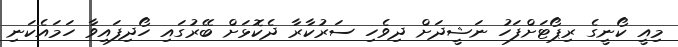
މިއީ ކޯނީގެ ރިޕޯޓަށްފަހު ނަޝީދަށް ދިވެހި ސަރުކާރާ ދެކޮޅަށް ބޭރުގައި ހޯދިފައިވާ ހަމައެކަނި